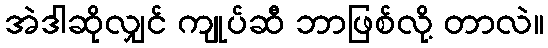
အဲဒါဆိုလျှင် ကျုပ်ဆီ ဘာဖြစ်လို့ တာလဲ။